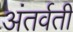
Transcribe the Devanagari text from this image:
अंतर्वती